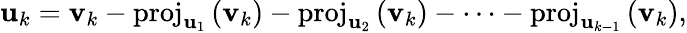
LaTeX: \mathbf{u}_{k}=\mathbf{v}_{k}-\mathrm{proj}_{\mathbf{u}_{1}}\, (\mathbf{v}_{k})-\mathrm{proj}_{\mathbf{u}_{2}}\, (\mathbf{v}_{k})-\cdots-\mathrm{proj}_{\mathbf{u}_{k-1}}\, (\mathbf{v}_{k}),